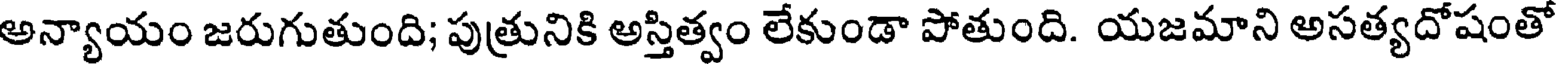
అన్యాయం జరుగుతుంది; పుత్రునికి అస్తిత్వం లేకుండా పోతుంది. యజమాని అసత్యదోషంతో